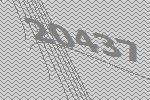
20437